Medical and sanitary report of the native army of Bengal for the year
Year: 1876
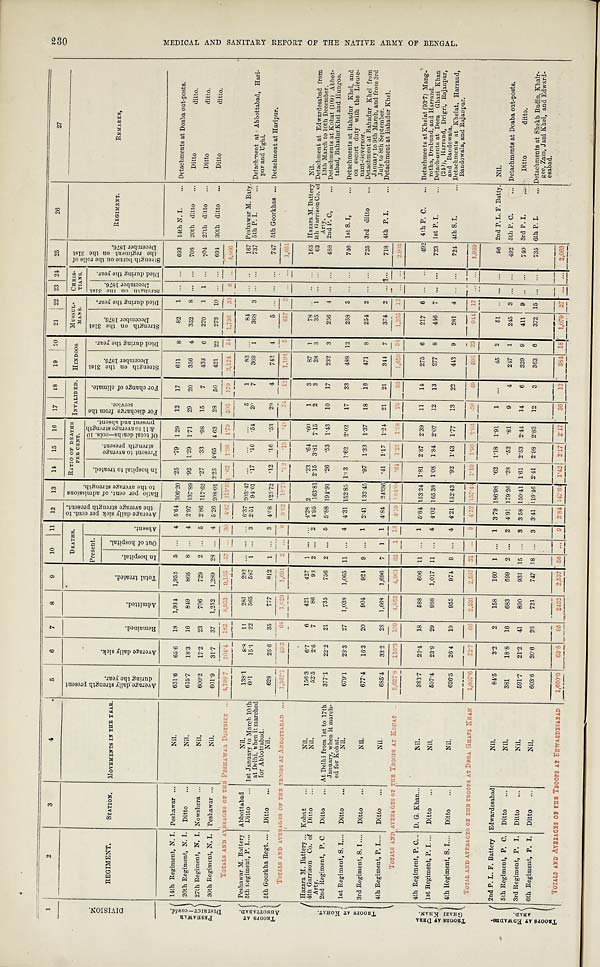
1
2
3
4
5
6
7
8
9
10
11
12
13
14
15
16
17
18
19
20
21
22 23 24
25
26
27
D I V I S I O N .
REGIMENT.
STATION.
MOVEMENTS IN THE YEAR.
A v e r a g e d a i l y s t r e n g t h p r e s e n t
d u r i n g t h e y e a r .
A v e r a g e d a i l y s i c k .
R e m a i n e d .
A d m i t t e d .
T o t a l t r e a t e d .
DEATHS.
A v e r a g e d a i l y s i c k p e r c e n t . t o
t h e a v e r a g e s t r e n g t h p r e s e n t .
R a t i o p e r c e n t . o f a d m i s s i o n s
t o t h e a v e r a g e s t r e u g t h .
RATIO OF DEATHS
PER CENT.
I N V A L I D E D .
HINDOOS.
MUSSUL
MANS.
CHRIS-
TIANS.
S t r e n g t h b o r n e o n t h e r o l l s o f
t h e r e g i m e n t o n t h e 3 1 s t
D e c e m b e r 1 8 7 6 .
REGIMENT.
REMARKS,
Present.
I n h o s p i t a l t o t r e a t e d .
P r e s e n t t o a v e r a g e
s t r e n g t h p r e s e n t .
O f t o t a l d e a t h s — c o l s . 1 0
& 1 1 t o a v e r a g e s t r e n g t h p r e s e n t a n d a b s e n t .
F o r d i s c h a r g e f r o m t h e
service.
F o r c h a n g e o f c l i m a t e .
S t r e n g t h o n t h e 3 1 s t
D e c e m b e r 1 8 7 6 .
D i e d d u r i n g t h e y e a r .
S t r e n g t h o n t h e 3 1 s t
D e c e m b e r 1 8 7 6 .
D i e d d u r i n g t h e y e a r .
S t r e n g t h o n t h e 3 1 s t
D e c e m b e r 1 8 7 6 .
D i e d d u r i n g t h e y e a r .
I n h o s p i t a l .
O u t o f h o s p i t a l .
A b s e n t .
P E S H A W A T R
D I S I R I C T —c
o n t d .
14th Regiment, N. I. Peshawar
. . .
N i l .
631.6
65.6
18
1,934
1,952
5 ...
4 5.64 306.20 .25
.79
1 29
12
17
611
8
82
1
. . .
...
693
14th N. I. . . . Detachments at Doaba out-posts.
20th Regiment, N. I. Ditto
. . .
N i l .
615.7
18.3
16
849
865
8 ...
4
2.97 137.89 .92
1.29
1.71
29
20
356
4
352
8
. . . ...
708
20th ditto
Ditto
d i t t o .
27th Regiment, N. I. Nowshera ...
N i l .
600.2
17.2
23
706
729
2 ...
5
2.86 117.62 .27
.33
. 9 8
15
7
433
6
270
1
1 ...
704
27th ditto
. . .
Ditto
d i t t o .
30th Regiment, N. I. Peshawar
. . .
N i l .
601.9
31.7
37
1,252
1,289
28 ...
4
5.26 208.01 2.25 4.65
4 63
28
50
4.21
22
273
10
. . .
...
694
30th ditto
. . .
Ditto
d i t t o .
TOTALS AND AVERAGES OF THE PESHAWAR DISTRICT . . .
4 , 1 9 8 . 7
204.4
182
8 , 9 5 3
9,135
5 7
. . . 30 4.87
213.23 .62
1.30
1.79
2 0 5
179 3,124
5 4 1,736
3 3
6 ...
4 , 8 6 6
T R O O P S A T
A B B O T T A B A D .
Peshawar M. Battery Abbottabad
N i l .
1 3 8 . 1
8 . 8
1 1
2 8 1
2 9 2
. . .
...
...
6.37
203.47
. . .
. . .
. . .
5
1
8 3
. . .
84
. . .
...
167 Peshawar M. Baty.
5th Regiment, P. I....
Ditto
. . . 1st January to March 10th
at Delhi, when it marched
for Abbottabad.
601
15.1
22
565
587
1
...
3
2.51
94.01
.17
.16
.54
2 0
7
369
1
368
3
. . .
...
737 5th P. I. . . . Detachment at Abbottabad, Hari-
pur and Ughi.
5th Goorkha Regt.
. . .
Ditto
. . .
N i l .
628
2 5 . 6
35
777
812
1 ...
3
4.08 123.72
.12
.16
. 5 3
29
4
742
4
5
. . .
. . .
...
747 5th Goorkhas
. . . Detachment at Har
ipur
.
TOTALS AND AVERAGES OF THE TROOPS AT ABBOTTABAD
. . .
1,36 7 . 1
49.5
6 8
1,623
1 , 6 9 1
2 ... 6
3 . 6 2
18.72
.12
. 1 5
. 4 8
5 4
12
1,194
5
457
3
. . .
...
1,651
T R O O P S A T K O H A T .
Hazara M. Battery
. . .
Kohat
. . .
N i l .
156.3
6.7
6
421
427
1 ... ... 4.28 2
.23
.64
.60
1
3
87
1
78
. . .
. . .
...
165 Hazara M. Battery Nil.
4th Garrison Co. of
Arty.
Ditto
. . .
N i l .
52.5
2.6
7
86
93
2 ...
2 4.95 163.81 2.15 3.81 7.15
2
3
28
3
35
1
. . . ...
63 4th Garrison Co. of
A r t y .
Detachment at Edwardesabad from
13th March to 10th December.
2nd Regiment, P. C.
Ditto
. . . At Delhi from 1st to 17th
January, when it march-
ed for Kohat.
377.1
22.2
21
735
756
2 ...
5
5.88 194.91
.26
.53
1.43
10
17
232
3
256
4
. . .
...
488 2nd P. C,
. . . Detachments at Kohat (109) Abbot-
tabad, Bahadur Khel and Hungoo.
1st Regiment, S. I....
Ditto
. . .
N i l .
679.1
29.3
27
1,038
1,065 11 ...
4
4.31 152.85 1.03
1.62
2.02
17
33
488 12
258
3
. . .
...
746 1st S. I, . . . Detachments at Bahadur Khel, and
on escort duty with the Lieute-
nant-Governor.
3rd Regiment, S. I ....
4th Regiment, P. I....
Ditto
Ditto
. . .
N i l .
N i l .
677.4
685.4
16.3
33.2
20
28
904
1,668
924
1,696
9
7
...
1
1
1
2.41
4.84
133.45
24336
.97
.41
1.33
1.17
1.37
1.24
18
21
16
21
471
344
8
7
254
374
2
2
. . .
. . . .... ...
725
718
3rd ditto
. . .
4th P. L . . .
Detachment at Bahadur Khel from
January to 9th March, and from 3rd
July to 8th September.
Detachment at Babadur Khel.
TOTALS AND AVERAGES OF THE TROOPS AT.KOHAT . . .
2,627.8
110.3
109
4 , 8 5 2
4 , 9 6 1 3 2 1
13 4.19 1 8 4 . 6 4
. 6 4 1.25
1.58
79
93
1,650 34
1,255 12
. . . ... 2.905
T R O O R S A T D E R A
G H A Z I K H A N .
4th Regiment, P. C... D. G. Khan...
N i l .
383.7
22.4
18
588
606 11
...
1
5.84 153.24 1.81 2.87 2.39
11
14
275
6
217
6
. . .
...
,
492 4th P. C
. . . . Detachments at Khelat (93.7) Mang-
rotha, Drabund, and Harrand.
1st Regiment, P. I....
Ditto
. . .
N i l .
597.4
23.9
29
988
1,017 11 ... 4 4.02 165.38 1.08 1.84 2.07
12
13
277
8
416
7
. . .
...
723 1st P. I. . . . Detachments at Dera Ghazi Khan
(240), Harrand, Drigri, Rajanpur,
and Bandowala.
4th Regiment, S. I....
Ditto
. . .
N i l .
626.5
26.4
19
955
974
9 ...
4 4.21 152.43
.92 1.43 1.77
13
22
443
9
281
4
. . .
...
724 4th S. I. . . . Detachments at Khelat, Harraud,
Bandowala, and Rajanpur.
TOTAL AND AVERAGES OF THE TROOPS AT DERA GHAZI KHAN
1,607.6
7 2 . 7
6 6
2,531
2 , 5 9 7
3 1 ...
9
4.52
157.44
1.19
1.93
2 . 0 4
3 6
4 9
9 9 5 23
944
1 7
. . .
...
1,939
T R O O P S A T E D W A D E S -
A B A D .
2nd P. L. F. Battery Edwardesabad
N i l .
84.5
3.2
2
158
160
1 ...
1
3.79 186.98
.62 1.18
1.91
1
. . .
45
2
51
. . .
. . .
...
96 2nd P. L. F. Batty. Nil.
5th Regiment, P. C.
Ditto
. . .
N i l .
381
18.8
16
683
699
2 ...
2 4.91 179.26
.28
.52
.81
9
4
247
1
245
3
. . . ...
492 5th P. C. . . . Detachments at Doaba out-posts.
3rd Regiment, P. I.
Ditto
. . .
N i l .
591.7
21.2
41
890
931 15 ...
3
3.58 150.41 1.61 2.53 2.44
14
6
329
9
411
9
. . . ...
740 3rd P. I. . . .
Ditto
d i t t o .
6th Regiment, P. I. Ditto
. . .
N i l .
603.6
20.6
26
721
747 18 ...
3
3.41 119.46 2.41 2.98 2.83
12
3
363
6
372 15
. . . ...
735 6th P. I. . . . Detachments at Shekh Budin, Khair-
gee, Zam, Jani Khel, and Edward-
esabad.
TOTALS AND AVERAGES OF THE TROOPS AT EAWAEDESAEAD
1,660.8
6 3 . 8
8 5
2 4 5 2
2,537
3 6
... 9
3.84
147.64
1.42
2.17 2.17
36
1 3
9 8 4
1 8
1,079
2 7
. . .
. . .
2,063
230
M E D I C A L A N D S A N I T A R Y R E P O R T O F T H E N A T I V E A R M Y O F B E N G A L .